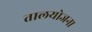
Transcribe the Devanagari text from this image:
तालयोजना